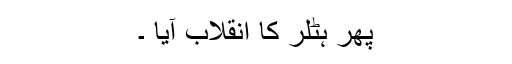
پھر ہٹلر کا انقلاب آیا ۔